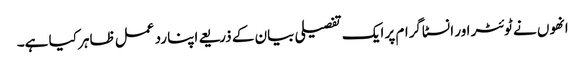
انھوں نے ٹوئٹر اور انسٹاگرام پر ایک تفصیلی بیان کے ذریعے اپنا رد عمل ظاہر کیا ہے۔